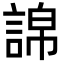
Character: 䛲